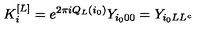
K _ { i } ^ { [ L ] } = e ^ { 2 \pi i Q _ { L } ( i _ { 0 } ) } Y _ { i _ { 0 } 0 0 } = Y _ { i _ { 0 } L L ^ { c } }